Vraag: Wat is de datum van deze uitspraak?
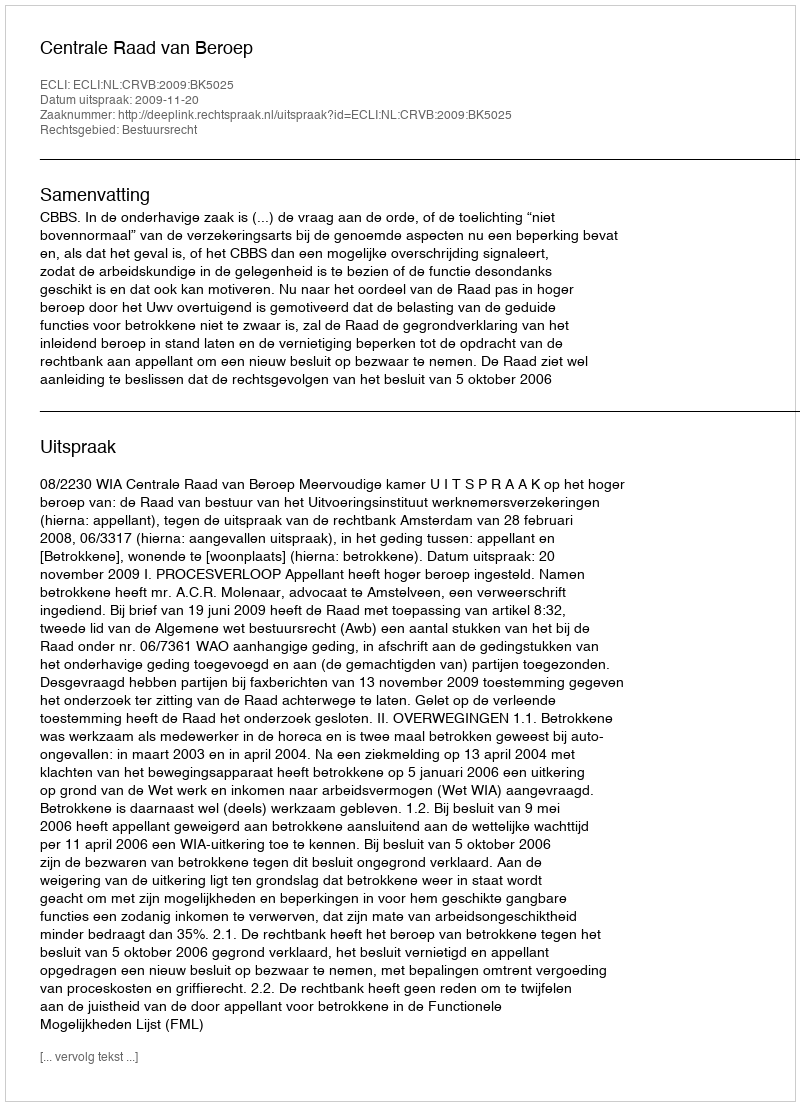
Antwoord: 2009-11-20